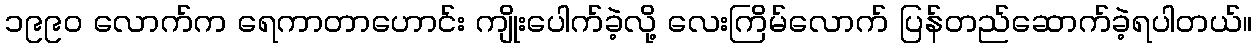
၁၉၉ဝ လောက်က ရေကာတာဟောင်း ကျိုးပေါက်ခဲ့လို့ လေးကြိမ်လောက် ပြန်တည်ဆောက်ခဲ့ရပါတယ်။